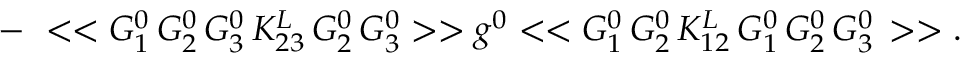
- \, \, < < G _ { 1 } ^ { 0 } \, G _ { 2 } ^ { 0 } \, G _ { 3 } ^ { 0 } \, K _ { 2 3 } ^ { L } \, G _ { 2 } ^ { 0 } \, G _ { 3 } ^ { 0 } > > g ^ { 0 } < < G _ { 1 } ^ { 0 } \, G _ { 2 } ^ { 0 } \, K _ { 1 2 } ^ { L } \, G _ { 1 } ^ { 0 } \, G _ { 2 } ^ { 0 } \, G _ { 3 } ^ { 0 } \, > > .